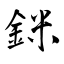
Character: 銤